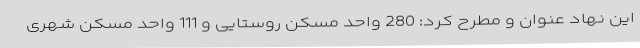
این نهاد عنوان و مطرح کرد: 280 واحد مسکن روستایی و 111 واحد مسکن شهری